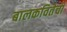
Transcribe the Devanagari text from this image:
बालकवितेची